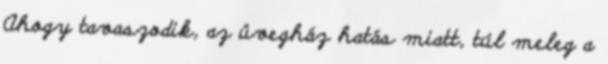
Ahogy tavaszodik, az üvegház hatás miatt, túl meleg a